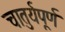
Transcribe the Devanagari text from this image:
चातुर्यपूर्ण